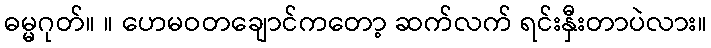
ဓမ္မဂုတ်။ ။ ဟေမဝတချောင်ကတော့ ဆက်လက် ရင်းနှီးတာပဲလား။